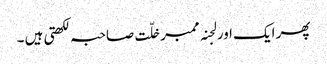
پھر ایک اور لجنہ ممبر خلّت صاحبہ لکھتی ہیں ۔